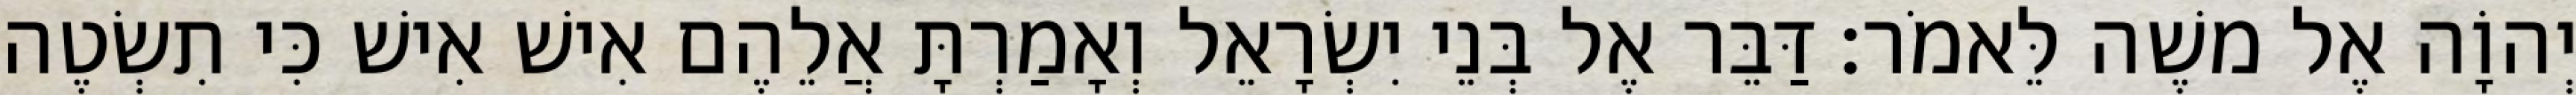
יְהוָֹה אֶל משֶׁה לֵּאמֹר׃ דַּבֵּר אֶל בְּנֵי יִשְׂרָאֵל וְאָמַרְתָּ אֲלֵהֶם אִישׁ אִישׁ כִּי תִשְׂטֶה